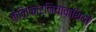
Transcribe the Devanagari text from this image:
कैलिफार्नियावासियों